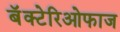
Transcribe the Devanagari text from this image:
बॅक्टेरिओफाज